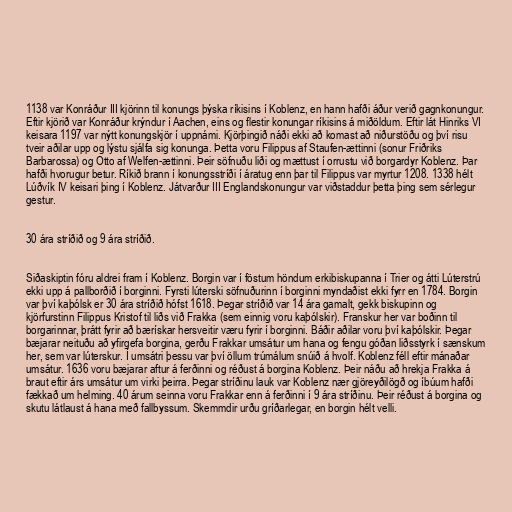
1138 var Konráður III kjörinn til konungs þýska ríkisins í Koblenz, en hann hafði áður verið gagnkonungur.
Eftir kjörið var Konráður krýndur í Aachen, eins og flestir konungar ríkisins á miðöldum. Eftir lát Hinriks VI
keisara 1197 var nýtt konungskjör í uppnámi. Kjörþingið náði ekki að komast að niðurstöðu og því risu
tveir aðilar upp og lýstu sjálfa sig konunga. Þetta voru Filippus af Staufen-ættinni (sonur Friðriks
Barbarossa) og Otto af Welfen-ættinni. Þeir söfnuðu liði og mættust í orrustu við borgardyr Koblenz. Þar
hafði hvorugur betur. Ríkið brann í konungsstríði í áratug enn þar til Filippus var myrtur 1208. 1338 hélt
Lúðvík IV keisari þing í Koblenz. Játvarður III Englandskonungur var viðstaddur þetta þing sem sérlegur
gestur.

30 ára stríðið og 9 ára stríðið.

Siðaskiptin fóru aldrei fram í Koblenz. Borgin var í föstum höndum erkibiskupanna í Trier og átti Lúterstrú
ekki upp á pallborðið í borginni. Fyrsti lúterski söfnuðurinn í borginni myndaðist ekki fyrr en 1784. Borgin
var því kaþólsk er 30 ára stríðið hófst 1618. Þegar stríðið var 14 ára gamalt, gekk biskupinn og
kjörfurstinn Filippus Kristof til liðs við Frakka (sem einnig voru kaþólskir). Franskur her var boðinn til
borgarinnar, þrátt fyrir að bærískar hersveitir væru fyrir í borginni. Báðir aðilar voru því kaþólskir. Þegar
bæjarar neituðu að yfirgefa borgina, gerðu Frakkar umsátur um hana og fengu góðan liðsstyrk í sænskum
her, sem var lúterskur. Í umsátri þessu var því öllum trúmálum snúið á hvolf. Koblenz féll eftir mánaðar
umsátur. 1636 voru bæjarar aftur á ferðinni og réðust á borgina Koblenz. Þeir náðu að hrekja Frakka á
braut eftir árs umsátur um virki þeirra. Þegar stríðinu lauk var Koblenz nær gjöreyðilögð og íbúum hafði
fækkað um helming. 40 árum seinna voru Frakkar enn á ferðinni í 9 ára stríðinu. Þeir réðust á borgina og
skutu látlaust á hana með fallbyssum. Skemmdir urðu gríðarlegar, en borgin hélt velli.